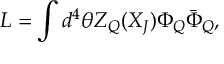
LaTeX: { \cal { L } } = \int d ^ { 4 } \theta Z _ { Q } ( X _ { J } ) \Phi _ { Q } \bar { \Phi } _ { Q } ,